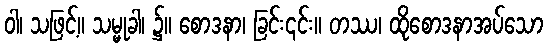
ဝါ၊ သဖြင့်။ သမ္မုခါ၊ ၌။ စောဒနာ၊ ခြင်း၎င်း။ တဿ၊ ထိုစောဒနာအပ်သော